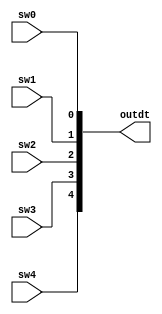
module format_input(sw4,sw3,sw2,sw1,sw0,outdt);
	input sw4,sw3,sw2,sw1,sw0;
	output [31:0] outdt;
	assign outdt[4]=sw4;
	assign outdt[3]=sw3;
	assign outdt[2]=sw2;
	assign outdt[1]=sw1;
	assign outdt[0]=sw0;
endmodule